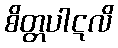
စိတ္တပါဋလိ